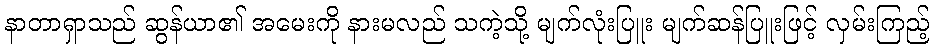
နာတာရှာသည် ဆွန်ယာ၏ အမေးကို နားမလည် သကဲ့သို့ မျက်လုံးပြူး မျက်ဆန်ပြူးဖြင့် လှမ်းကြည့်